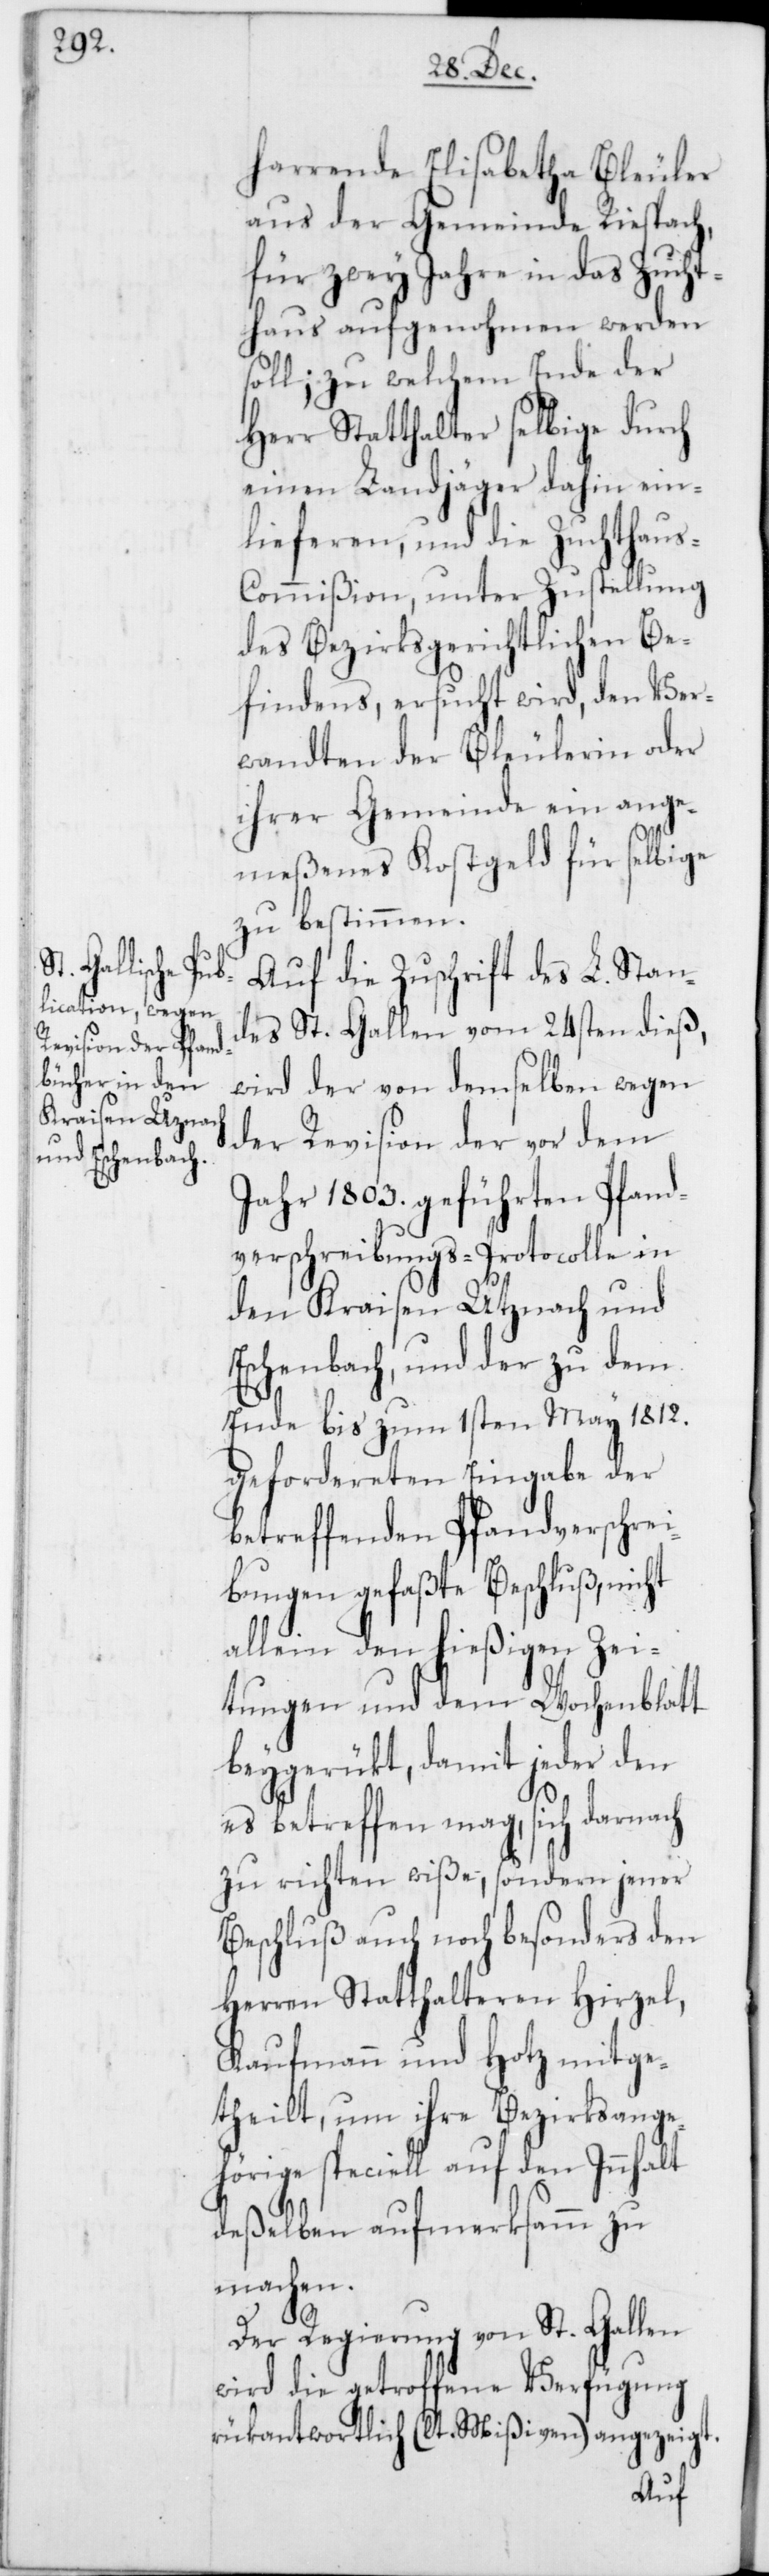
harrende Elisabetha [sic!]
aus der Gemeinde Riespach,
für zwey Jahre in das Zucht¬
haus aufgenohmen werden
soll; zu welchem Ende der
Herr Statthalter selbige durch
einen Landjäger dahin ein¬
lieferen, und die Zuchthau¬
s-Commißion, unter Zustellung
des Bezirksgerichtlichen Be¬
findens, ersucht wird, den Ver¬
wandten der Bleulerin oder
ihrer Gemeinde ein ange¬
meßenes Kostgeld für selbige
zu bestimmen.
Auf die Zuschrift des L. Stan¬
des St. Gallen vom 24sten dieß,
wird der von demselben wegen
der Revision der vor dem
Jahr 1803. geführten Pfand¬
verschreibungs-Protocolle in
den Kraisen Utznach und
Eschenbach, und der zu dem
Ende bis zum 1sten May 1812.
gefordereten Eingabe der
betreffenden Pfandverschrei¬
bungen gefaßte Beschluß, nicht
allein den hießigen Zei¬
tungen und dem Wochenblatt
beygerükt, damit jeder den
es betreffen mag, sich darnach
zu richten wiße, sondern jener
Beschluß auch noch besonders den
Herren Statthalteren Hirzel,
Kaufmann und Hotz mitge¬
theilt, um ihre Bezirksange¬
hörige speciell auf den Innhalt
deßelben aufmerksamm zu
machen.
Der Regierung von St. Gallen
wird die getroffene Verfügung
rükantwortlich (lt. Mißiven) angezeigt.